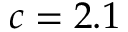
c = 2 . 1